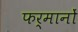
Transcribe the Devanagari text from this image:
फर्मानों